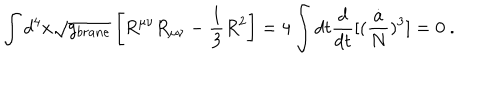
LaTeX: \int d ^ { 4 } x \sqrt { g _ { b r a n e } } \left[ R ^ { \mu \nu } R _ { \mu \nu } - { \frac { 1 } { 3 } } R ^ { 2 } \right] = 4 \int d t { \frac { d } { d t } } [ ( { \frac { \dot { a } } { N } } ) ^ { 3 } ] = 0 \ .